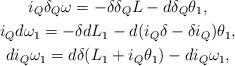
LaTeX: \begin{gather*}i_Q\delta_Q\omega=-\delta\delta_Q L -d\delta_Q\theta_1 ,\\i_Qd\omega_1=-\delta dL_1-d(i_Q\delta -\delta i_Q)\theta_1 ,\\di_Q\omega_1=d\delta (L_1+i_Q\theta_1)-di_Q\omega_1 ,\end{gather*}